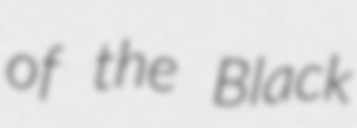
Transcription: of the Black